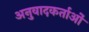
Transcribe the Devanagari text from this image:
अनुवादकर्ताओं